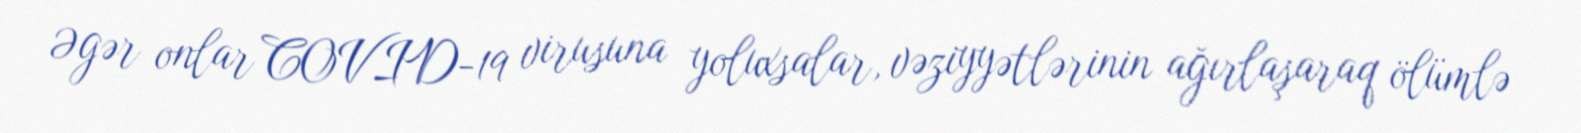
Əgər onlar COVID-19 virusuna yoluxsalar, vəziyyətlərinin ağırlaşaraq ölümlə